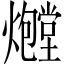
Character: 𪺃